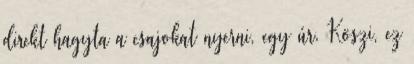
direkt hagyta a csajokat nyerni, egy úr. Köszi, ez